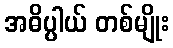
အဓိပ္ပါယ် တစ်မျိုး